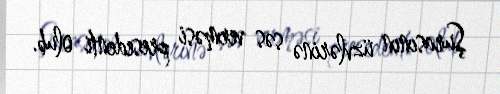
Şurasının üzvlərinə səs verməsi presedenti olub.